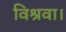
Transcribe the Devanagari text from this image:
विश्रवा।